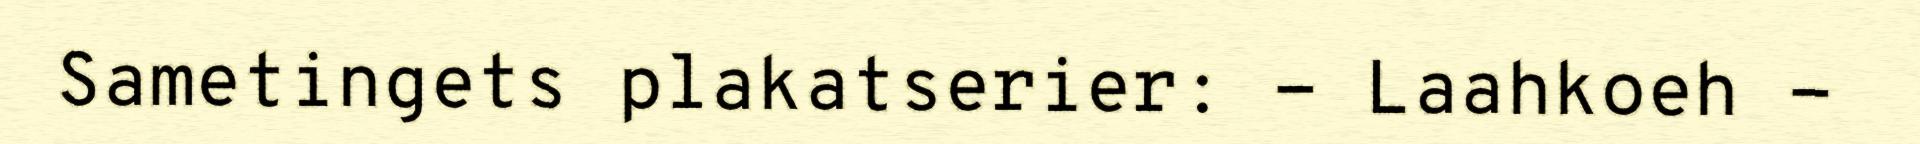
Sametingets plakatserier: - Laahkoeh -